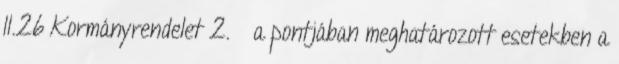
II.26 Kormányrendelet 2. § a pontjában meghatározott esetekben a